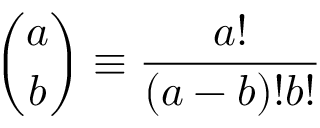
{ \binom { a } { b } } \equiv \frac { a ! } { ( a - b ) ! b ! }